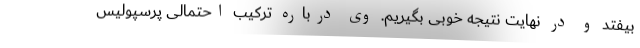
بیفتد و در نهایت نتیجه خوبی بگیریم. وی درباره ترکیب احتمالی پرسپولیس